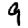
Digit: 9